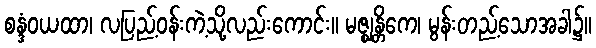
စန္ဒံဝယထာ၊ လပြည့်ဝန်းကဲ့သို့လည်းကောင်း။ မဇ္ဈန္တိကေ၊ မွန်းတည့်သောအခါ၌။